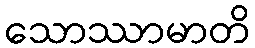
သောဿာမာတိ